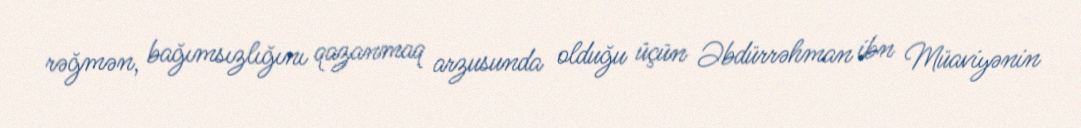
rəğmən, bağımsızlığını qazanmaq arzusunda olduğu üçün Əbdürrəhman ibn Müaviyənin